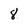
Character: 8